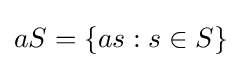
aS=\{as:s\in S\}